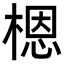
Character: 𬃼